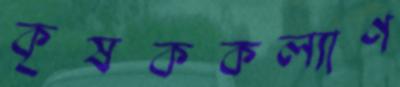
কৃষককল্যাণ